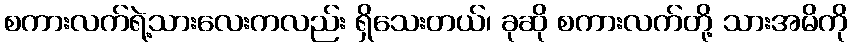
စကားလက်ရဲ့သားလေးကလည်း ရှိသေးတယ်၊ ခုဆို စကားလက်တို့ သားအမိကို